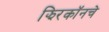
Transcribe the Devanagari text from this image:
झिरकॉनचे